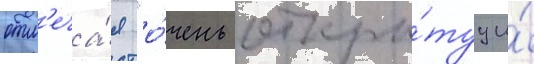
отм'еча́я "о́чень откры́туу и́